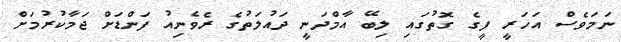
ނަމަވެސް އަހަރީ ފީގެ ގޮތުގައި ލިބޭ އާމްދަނީ ދައުލަތުގެ ރެވެނިއު ފަންޑަށް ޖަމާކުރުމަށް